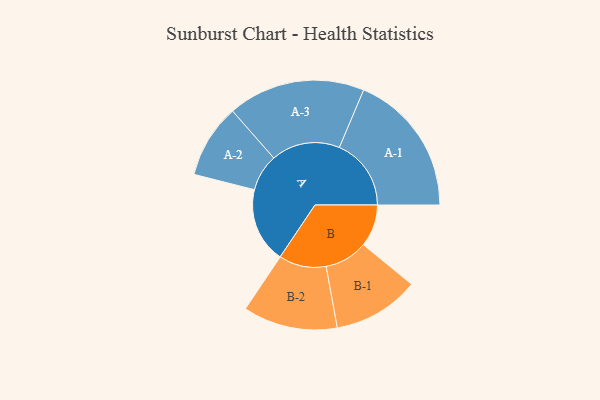
{"axis": {"x": "Segment", "y": "Value"}, "legend": ["", "A", "B"], "data": [{"x": "A", "y": 218, "type": ""}, {"x": "B", "y": 122, "type": ""}, {"x": "A-1", "y": 208, "type": "A"}, {"x": "A-2", "y": 107, "type": "A"}, {"x": "A-3", "y": 199, "type": "A"}, {"x": "B-1", "y": 125, "type": "B"}, {"x": "B-2", "y": 137, "type": "B"}]}